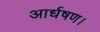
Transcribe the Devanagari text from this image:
आर्धषण।